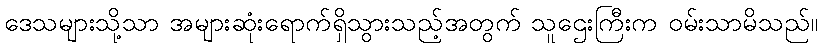
ဒေသများသို့သာ အများဆုံးရောက်ရှိသွားသည့်အတွက် သူဌေးကြီးက ဝမ်းသာမိသည်။